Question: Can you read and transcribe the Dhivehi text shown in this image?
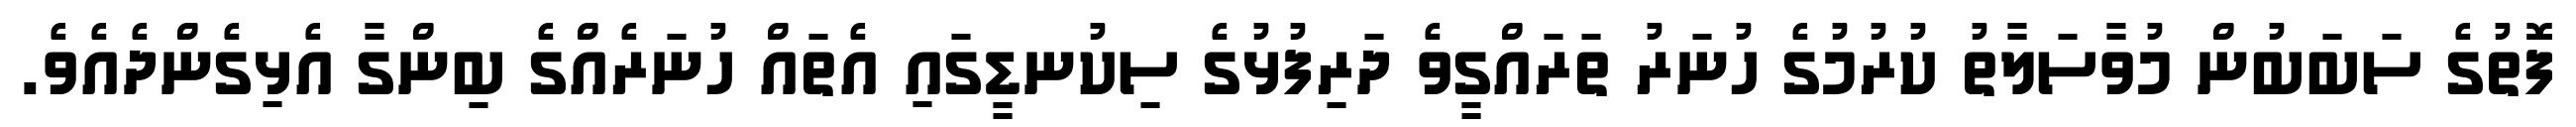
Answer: ފޮތުގެ ސަބަބުން މުވާސަލާތު ކުރުމުގެ ހުނަރު ތަރައްގީވެ ދަރިފުޅުގެ ސިކުނޑީގައި އެތައް ހުނަރެއްގެ ބިންގާ އެޅިގެންދެއެވެ.